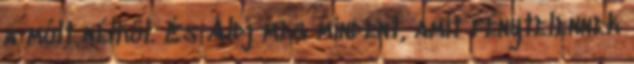
a múlt nélkül. És Áldj meg mindent, amit fénytelennek